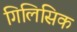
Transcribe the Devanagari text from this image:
गिलिसिक